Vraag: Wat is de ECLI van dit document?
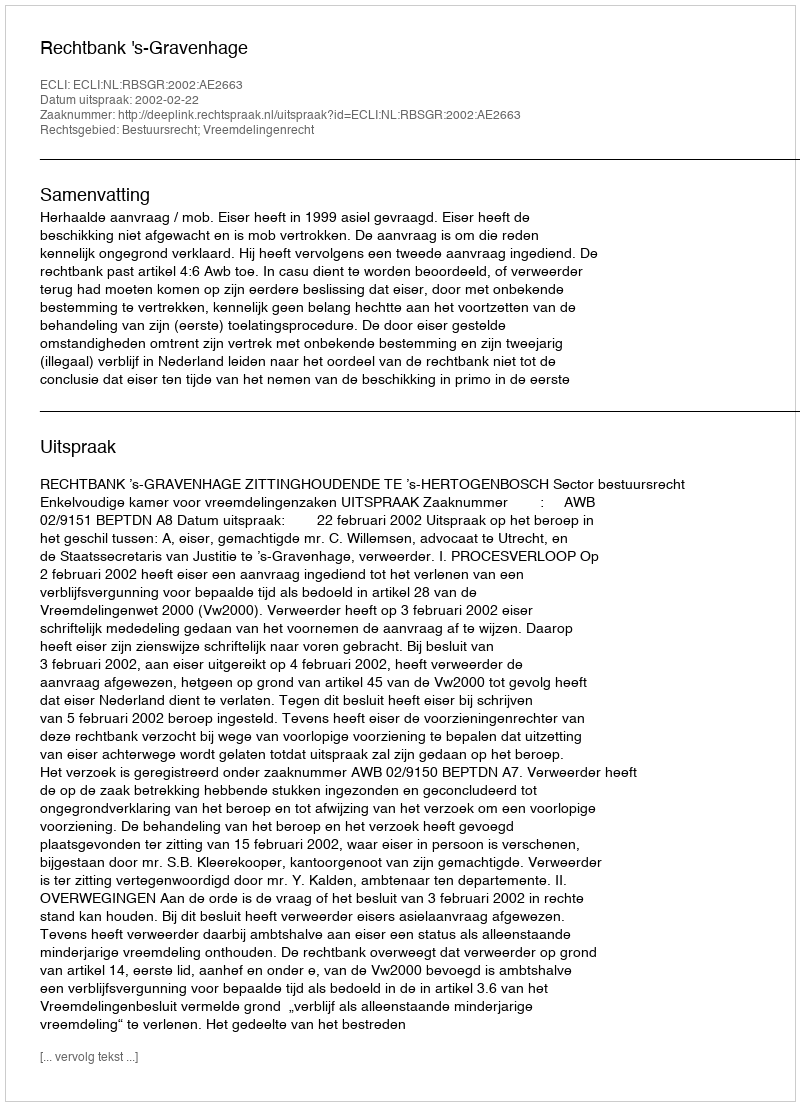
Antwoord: ECLI:NL:RBSGR:2002:AE2663